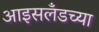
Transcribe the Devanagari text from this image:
आइसलँडच्या